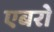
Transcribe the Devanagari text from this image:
एबरो